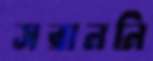
সরাননি